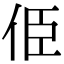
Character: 𠈄